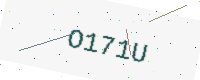
Text: O171U